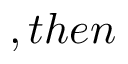
, t h e n